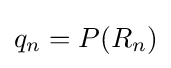
q_{n}=P(R_{n})